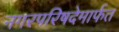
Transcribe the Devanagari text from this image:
नगरपरिषदेमार्फत